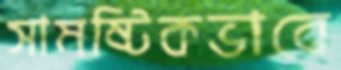
সামষ্টিকভাবে